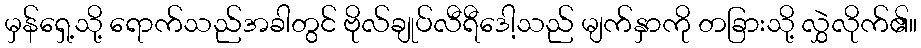
မှန်ရှေ့သို့ ရောက်သည်အခါတွင် ဗိုလ်ချုပ်လီရီဒေါ့သည် မျက်နှာကို တခြားသို့ လွှဲလိုက်၏။